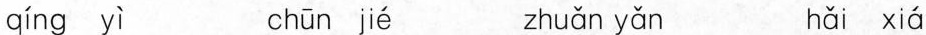
qíng yì chūn jié zhuǎn yǎn hǎi xiá